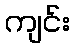
ကျင်း